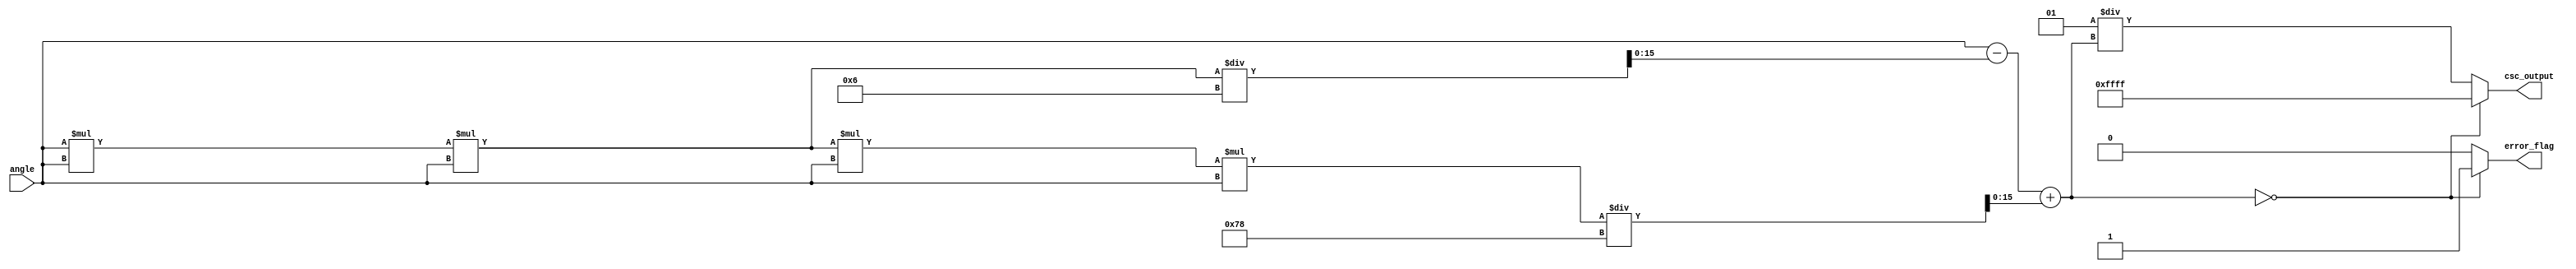
module csc_arithmetic_block #
(
    parameter N = 16,  // Width of angle input
    parameter M = 16   // Width of cosecant output
)
(
    input  [N-1:0] angle,       // Input angle in radians
    output reg [M-1:0] csc_output, // Cosecant output
    output reg error_flag       // Error flag for division by zero
);

    // Internal signals
    wire signed [N-1:0] sine_value;
    wire signed [M-1:0] reciprocal;

    // Sine approximation using a simple Taylor series for small angles
    function signed [N-1:0] sin_approx;
        input signed [N-1:0] x; 
        reg signed [N-1:0] result;
        begin
            // Taylor series: sin(x)  x - x^3/6 + x^5/120
            result = x;
            result = result - (x*x*x) / 6;
            result = result + (x*x*x*x*x) / 120;
            sin_approx = result;
        end
    endfunction

    // Calculate sine value
    assign sine_value = sin_approx(angle);

    // Compute reciprocal (1/sin(x))
    always @(*) begin
        if (sine_value == 0) begin
            csc_output = {M{1'b1}};  // max value for output
            error_flag = 1'b1;       // set error flag
        end else begin
            csc_output = M'sd1 / sine_value; // naive reciprocal computation; requires LSB positioning
            error_flag = 1'b0;      // no error
        end
    end

endmodule